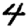
Digit: 4